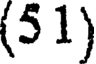
(5 1)